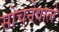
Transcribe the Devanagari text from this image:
सोचनेवाले